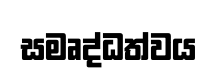
සමෘද්ධත්වය